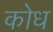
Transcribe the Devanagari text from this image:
कोध